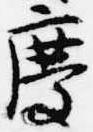
慶